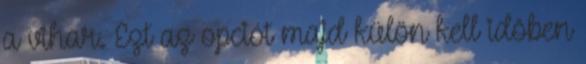
a vihar. Ezt az opciót majd külön kell idõben